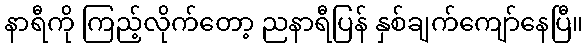
နာရီကို ကြည့်လိုက်တော့ ညနာရီပြန် နှစ်ချက်ကျော်နေပြီ။